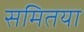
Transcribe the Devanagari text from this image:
समितया